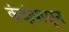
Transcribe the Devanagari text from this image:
कंदांपासून